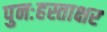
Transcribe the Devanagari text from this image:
पुनःहस्ताक्षर